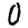
Digit: 0